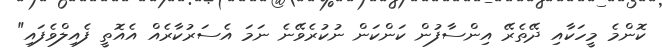
ކޮންމެ މީހަކާއި ދޭތެރޭ އިންސާފުން ކަންކަން ނުކުރެވޭނެ ނަމަ އެސަރުކާރެއް އެއޮތީ ފެއިލްވެފައި"